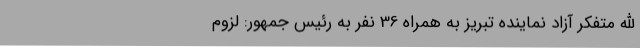
الله متفکر آزاد نماینده تبریز به همراه 36 نفر به رئیس جمهور: لزوم